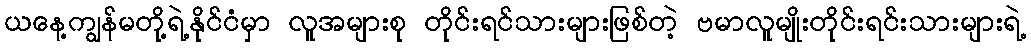
ယနေ့ကျွန်မတို့ရဲ့နိုင်ငံမှာ လူအများစု တိုင်းရင်သားများဖြစ်တဲ့ ဗမာလူမျိုးတိုင်းရင်းသားများရဲ့